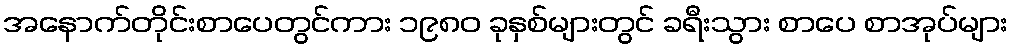
အနောက်တိုင်းစာပေတွင်ကား ၁၉၈၀ ခုနှစ်များတွင် ခရီးသွား စာပေ စာအုပ်များ